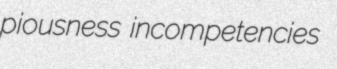
piousness incompetencies